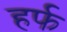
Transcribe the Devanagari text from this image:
हर्फ